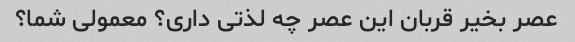
عصر بخیر قربان این عصر چه لذتی داری؟ معمولی شما؟